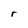
Character: r